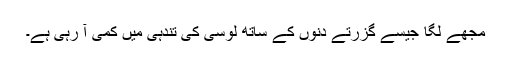
مجھے لگا جیسے گزرتے دنوں کے ساتھ لوسی کی تندہی میں کمی آ رہی ہے۔